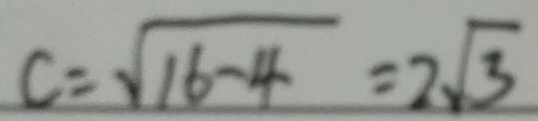
C = \sqrt { 1 6 - 4 } = 2 \sqrt { 3 }